Trukikaitis_Postimees, lk 98
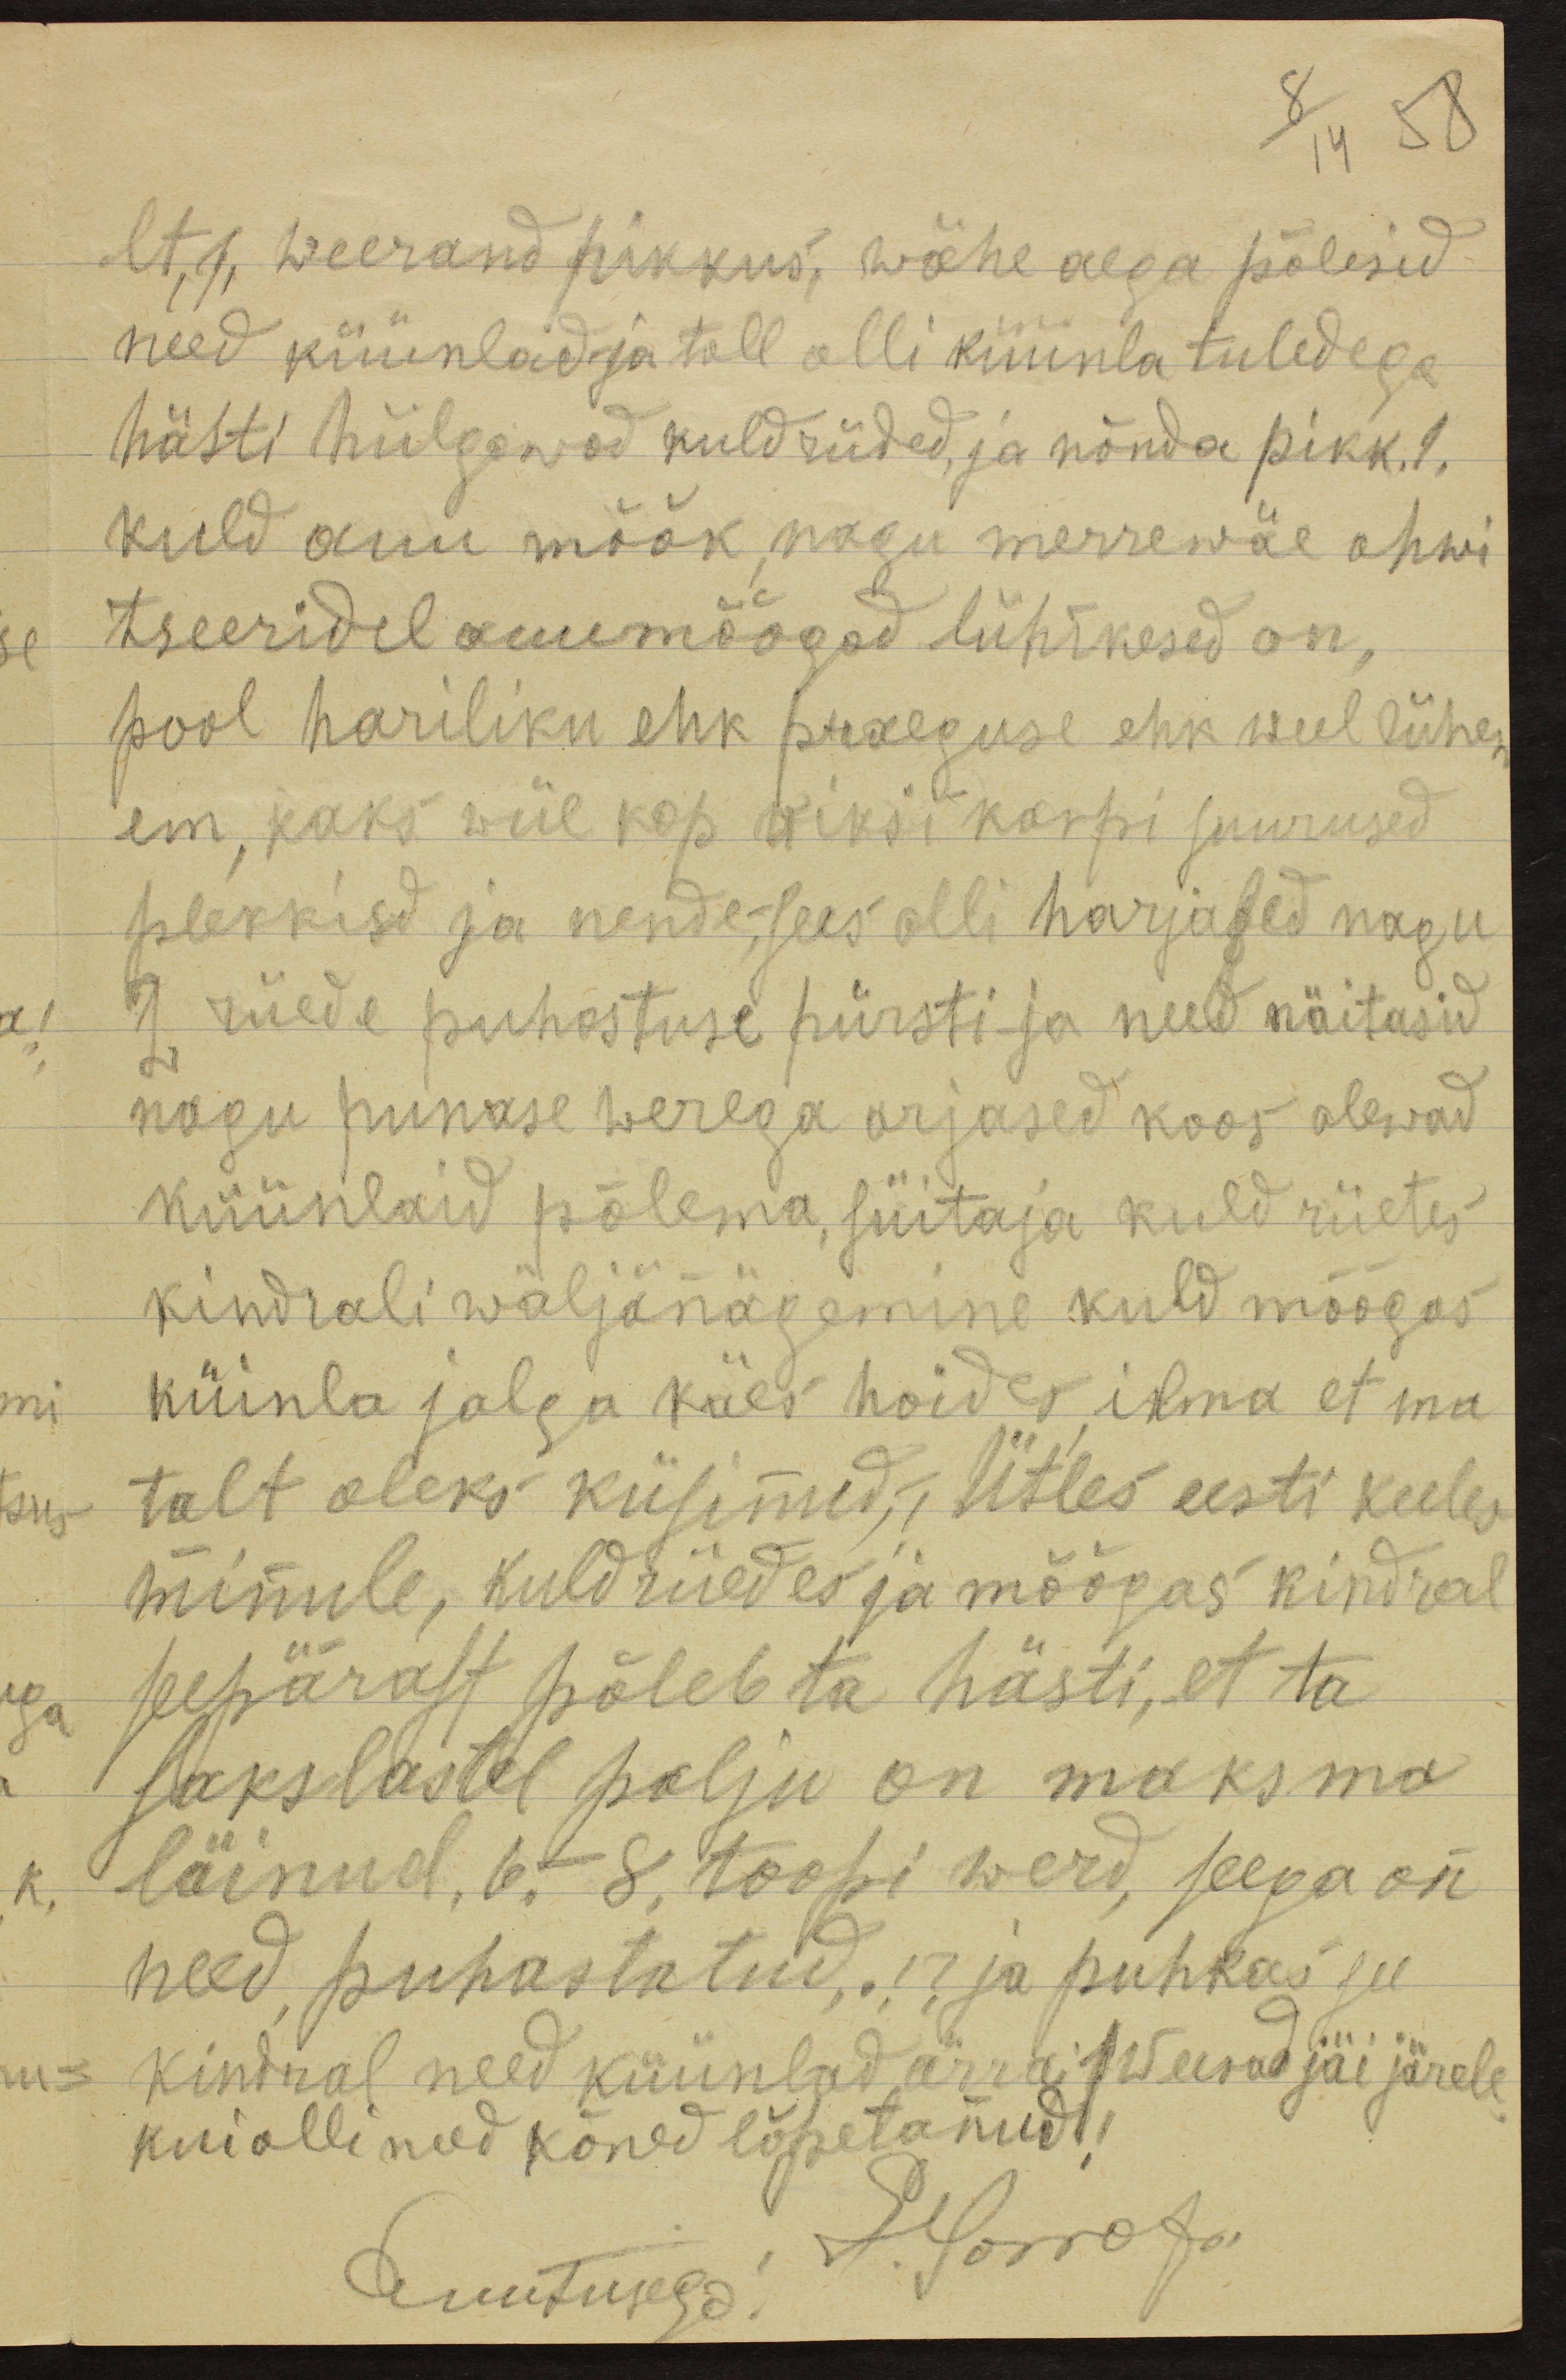
lt 1, weerand pikkus, wähe aega põlesid.
need küünlad ja tall olli küünla tuledega
hästi hiilgawad kuldriided, ja nõnda pikk .1.
kuld auu mõõk nagu merrewäe ohwi-
tseeridel auumöögad lühikesed on,
pool hariliku ehk praeguse ehk weel lühem
em kaks wiie kop wiksi karpi suurused
plekkisid ja nende sees olli harjased nagu
2 riiede puhastuse pürsti ja need näitasid
nagu punase werega arjased koos olewad
küünlaid põlema, süitaja kuld riietes
kindrali wäljanägemine kuld mõõgas
küinla jalga käes hoides ilma et ma
talt oleks küsimud. Ütles eesti keeles
minule, kuldriiedes ja mõõgas kindral
seepärast põleb ta hästi, et ta
sakslastel palju on maksma
läinud, 6 - 8 toopi werd, seega on
need puhastatud !? ja puhkas see
kindral need küünlad ärra, 1. Weerad jäi järele
kui ollinud kõned lõpetanud!
Auutusega: J. Korrota

8
14
58